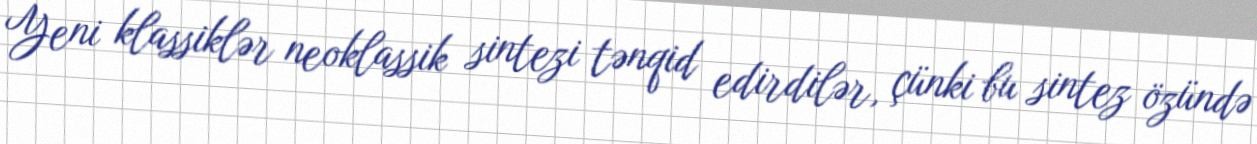
Yeni klassiklər neoklassik sintezi tənqid edirdilər, çünki bu sintez özündə